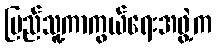
ပြည်သူ့ကာကွယ်ရေးအဖွဲ့က